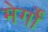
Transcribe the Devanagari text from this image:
मेर्गों